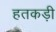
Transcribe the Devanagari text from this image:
हतकड़ी